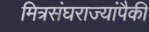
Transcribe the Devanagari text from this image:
मित्रसंघराज्यांपैकी